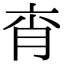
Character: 𦚍